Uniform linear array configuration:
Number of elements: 16
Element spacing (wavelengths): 0.5
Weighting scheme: uniform
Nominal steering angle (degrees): -60
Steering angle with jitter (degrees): -58.739
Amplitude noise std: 0.05
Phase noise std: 0.05

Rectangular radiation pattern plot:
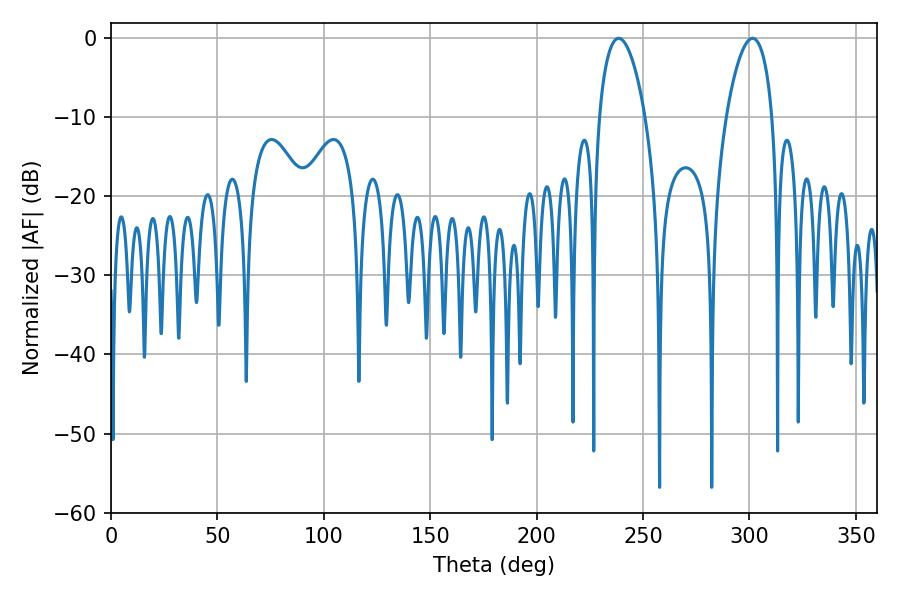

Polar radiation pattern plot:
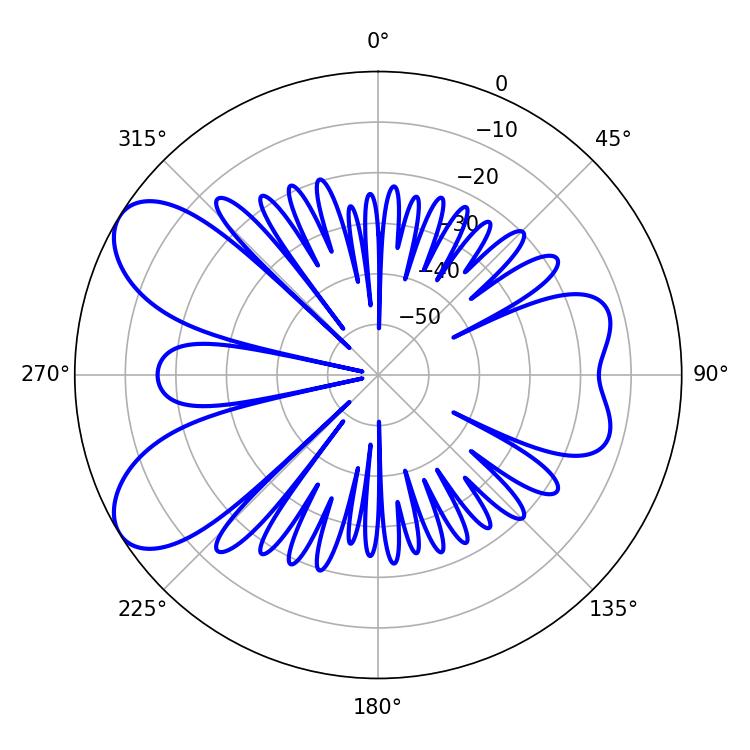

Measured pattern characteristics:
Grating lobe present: FALSE
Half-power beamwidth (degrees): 12.24
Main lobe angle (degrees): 238.5